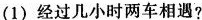
(1)经过几小时两车相遇?